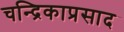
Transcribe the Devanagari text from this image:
चन्द्रिकाप्रसाद